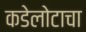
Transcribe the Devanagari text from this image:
कडेलोटाचा